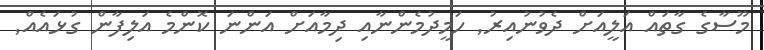
މޫސާގެ ގާތައް އަލީއަށް ދެވުނުއިރު